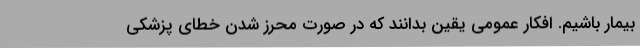
بیمار باشیم. افکار عمومی یقین بدانند که در صورت محرز شدن خطای پزشکی